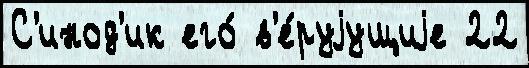
С'инод'ик его́ в'е́руjущиjе 22